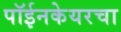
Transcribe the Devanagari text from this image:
पॉईनकेयरचा